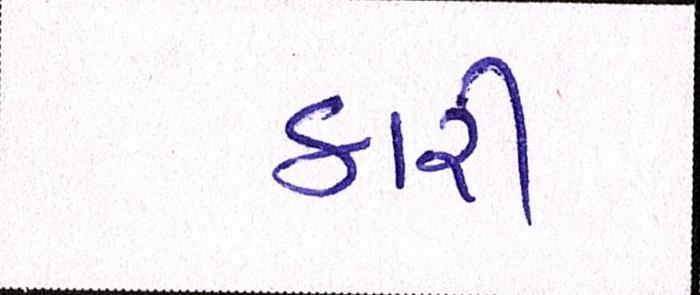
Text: કારી